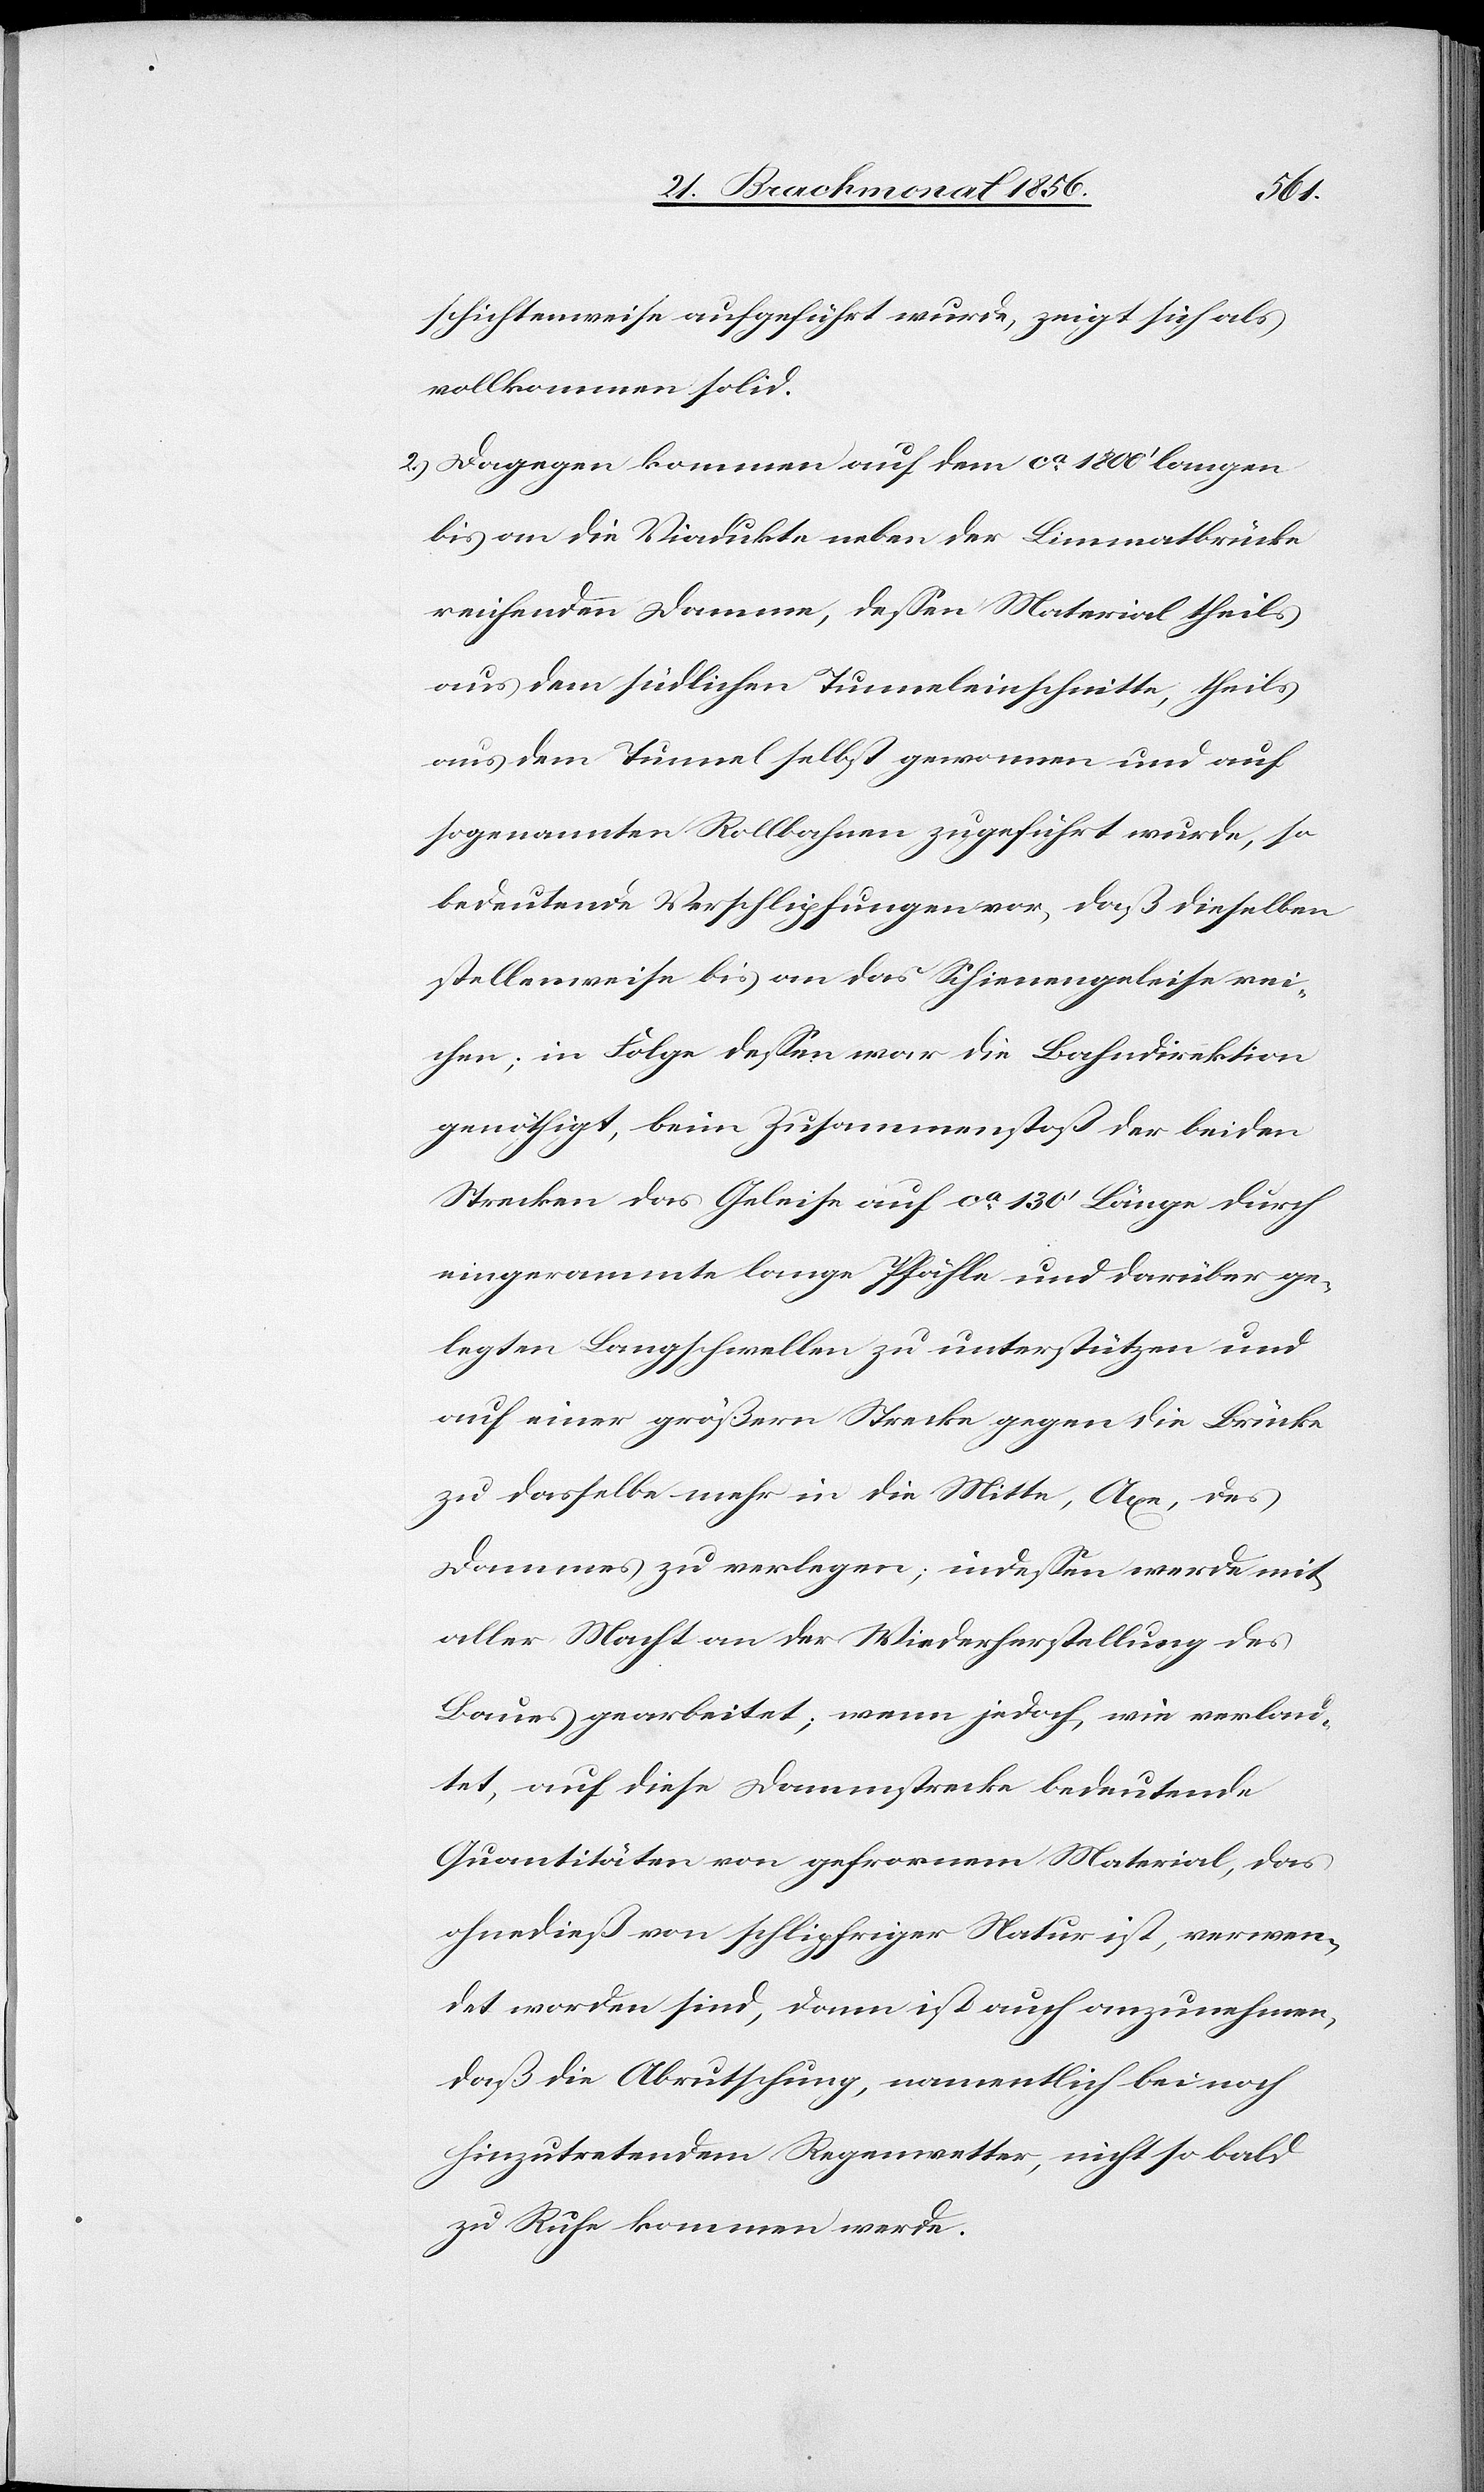
schichtenweise aufgeführt wurde, zeigt sich als
vollkommen solid.
2.) Dagegen kommen auf dem ca 1800' langen
bis an die Viadukte neben der Limmatbrücke
reichenden Damme, dessen Material theils
aus dem südlichen Tunneleinschnitte, theils
aus dem Tunnel selbst gewonnen und auf
sogenannten Rollbahnen zugeführt wurde, so
bedeutende Verschlipfungen vor, daß dieselben
stellenweise bis an das Schienengeleise rei¬
chen; in Folge dessen war die Bahndirektion
genöthigt, beim Zusammenstoß der beiden
Strecken das Geleise auf ca 130' Länge durch
eingerammte lange Pfähle und darüber ge¬
legten Langschwellen zu unterstützen und
auf einer größern Strecke gegen die Brücke
zu dasselbe mehr in die Mitte, Axe, des
Dammes zu verlegen; indessen werde mit
aller Macht an der Wiederherstellung des
Baues gearbeitet; wenn jedoch, wie verlau¬
tet, auf diese Dammstrecke bedeutende
Quantitäten von gefrornem Material, das
ohnedieß von schlipfriger Natur ist, verwen¬
det worden sind, dann ist auch anzunehmen,
daß die Abrutschung, namentlich bei noch
hinzutretendem Regenwetter, nicht so bald
zu Ruhe kommen werde.